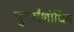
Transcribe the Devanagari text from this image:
पुनर्संशोधित